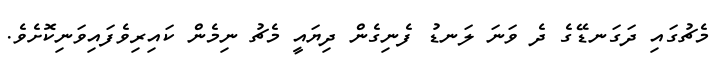
މެޗުގައި ދަގަނޑޭގެ ދެ ވަނަ ލަނޑު ފެނިގެން ދިޔައީ މެޗު ނިމެން ކައިރިވެފައިވަނިކޮށެވެ.